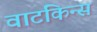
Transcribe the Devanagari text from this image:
वाटकिन्स